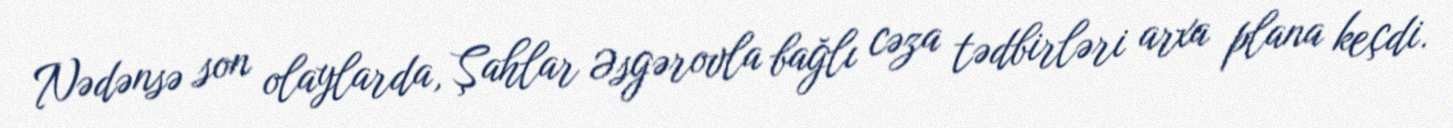
Nədənsə son olaylarda, Şahlar Əsgərovla bağlı cəza tədbirləri arxa plana keçdi.